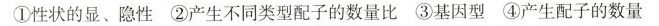
①性状的显、隐性 ②产生不同类型配子的数量比 ③基因型 ④产生配子的数量